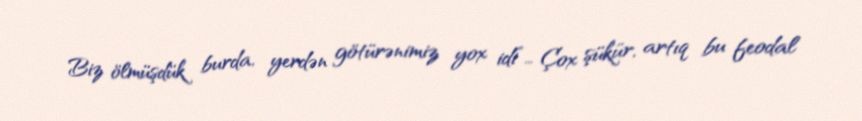
Biz ölmüşdük burda, yerdən götürənimiz yox idi”… Çox şükür, artıq bu feodal